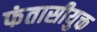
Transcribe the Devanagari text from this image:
फंतासीयुक्त